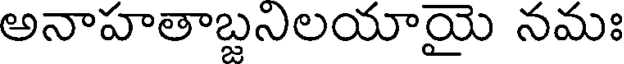
అనాహతాబ్జనిలయాయై నమః